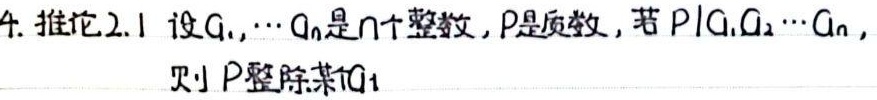
4. 推论2.1 设$a_1,\cdots,a_n$是$n$个整数，$p$是质数，若$p\mid a_1a_2\cdots a_n$，则$p$整除某个$a_i$